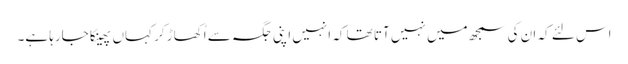
اس لئے کہ ان کی سمجھ میں نہیں آتا تھا کہ انہیں اپنی جگہ سے اُکھاڑ کر کہاں پھینکا جارہا ہے۔